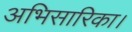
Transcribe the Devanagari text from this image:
अभिसारिका।